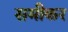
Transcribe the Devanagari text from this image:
समीकर